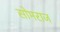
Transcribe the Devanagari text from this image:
सोमराज